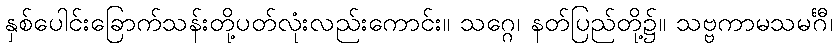
နှစ်ပေါင်းခြောက်သန်းတို့ပတ်လုံးလည်းကောင်း။ သဂ္ဂေ၊ နတ်ပြည်တို့၌။ သဗ္ဗကာမသမင်္ဂီ၊